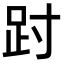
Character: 𫏀